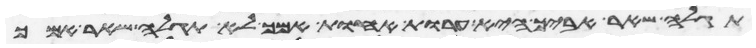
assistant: תגלה שאר אביך היא ערות אחות אמך לא תגלה שאר אמך